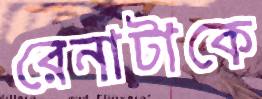
রেনাটাকে